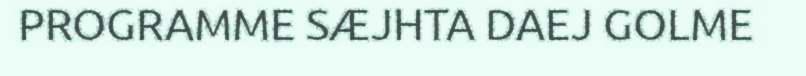
PROGRAMME SÆJHTA DAEJ GOLME